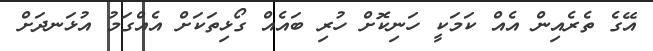
އޭގެ ތެރެއިން އެއް ކަމަކީ ހަނިކޮށް ހުރި ބައެއް ގޯޅިތަކަށް އެއްގަމު އުޅަނދަށް